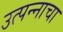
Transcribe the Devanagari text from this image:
उत्पन्‍नाचा